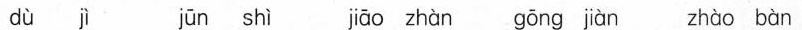
dù jì jūn shì jiāo zhàn gōng jiàn zhào bàn